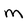
Character: M